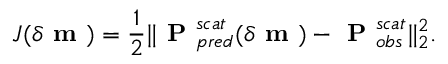
J ( \delta \textbf { m } ) = \frac { 1 } { 2 } \| \textbf { P } _ { p r e d } ^ { s c a t } ( \delta \textbf { m } ) - \textbf { P } _ { o b s } ^ { s c a t } \| _ { 2 } ^ { 2 } .